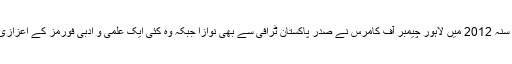
اقبال زیڈ احمد کو سنہ 2012 میں لاہور چیمبر آف کامرس نے صدر پاکستان ٹرافی سے بھی نوازا جبکہ وہ کئی ایک علمی و ادبی فورمز کے اعزازی سربراہ بھی ہیں۔